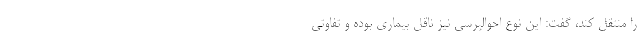
را منتقل کند، گفت: این نوع احوالپرسی نیز ناقل بیماری بوده و تفاوتی